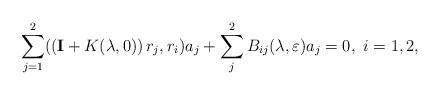
LaTeX: \begin{align*}\sum_{j=1}^{2}(\left( \mathbf{I}+K(\lambda,0)\right) r_{j},r_{i})a_{j}+\sum_{j}^{2}B_{ij}(\lambda,\varepsilon)a_{j}=0,\ i=1,2,\end{align*}